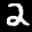
Label: 2